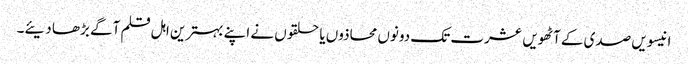
انیسویں صدی کے آٹھویں عشرت تک دونوں محاذوں یا حلقوں نے اپنے بہترین اہل قلم آگے بڑھا دیئے۔